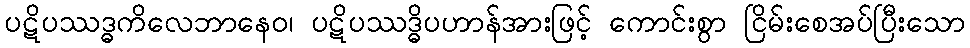
ပဋိပဿဒ္ဓကိလေဘာနေဝ၊ ပဋိပဿဒ္ဓိပဟာန်အားဖြင့် ကောင်းစွာ ငြိမ်းစေအပ်ပြီးသော